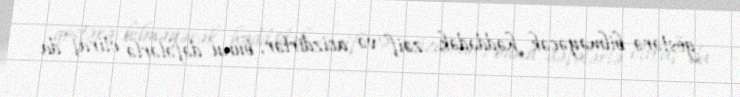
göstərə bilməyəcək həddədək zəif və acizdirlər, bunu dəfələrlə etiraf da